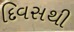
દિવસથી